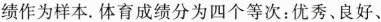
绩作为样本。体育成绩分为四个等次：优秀、良好、